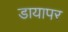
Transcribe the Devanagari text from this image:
डायापर